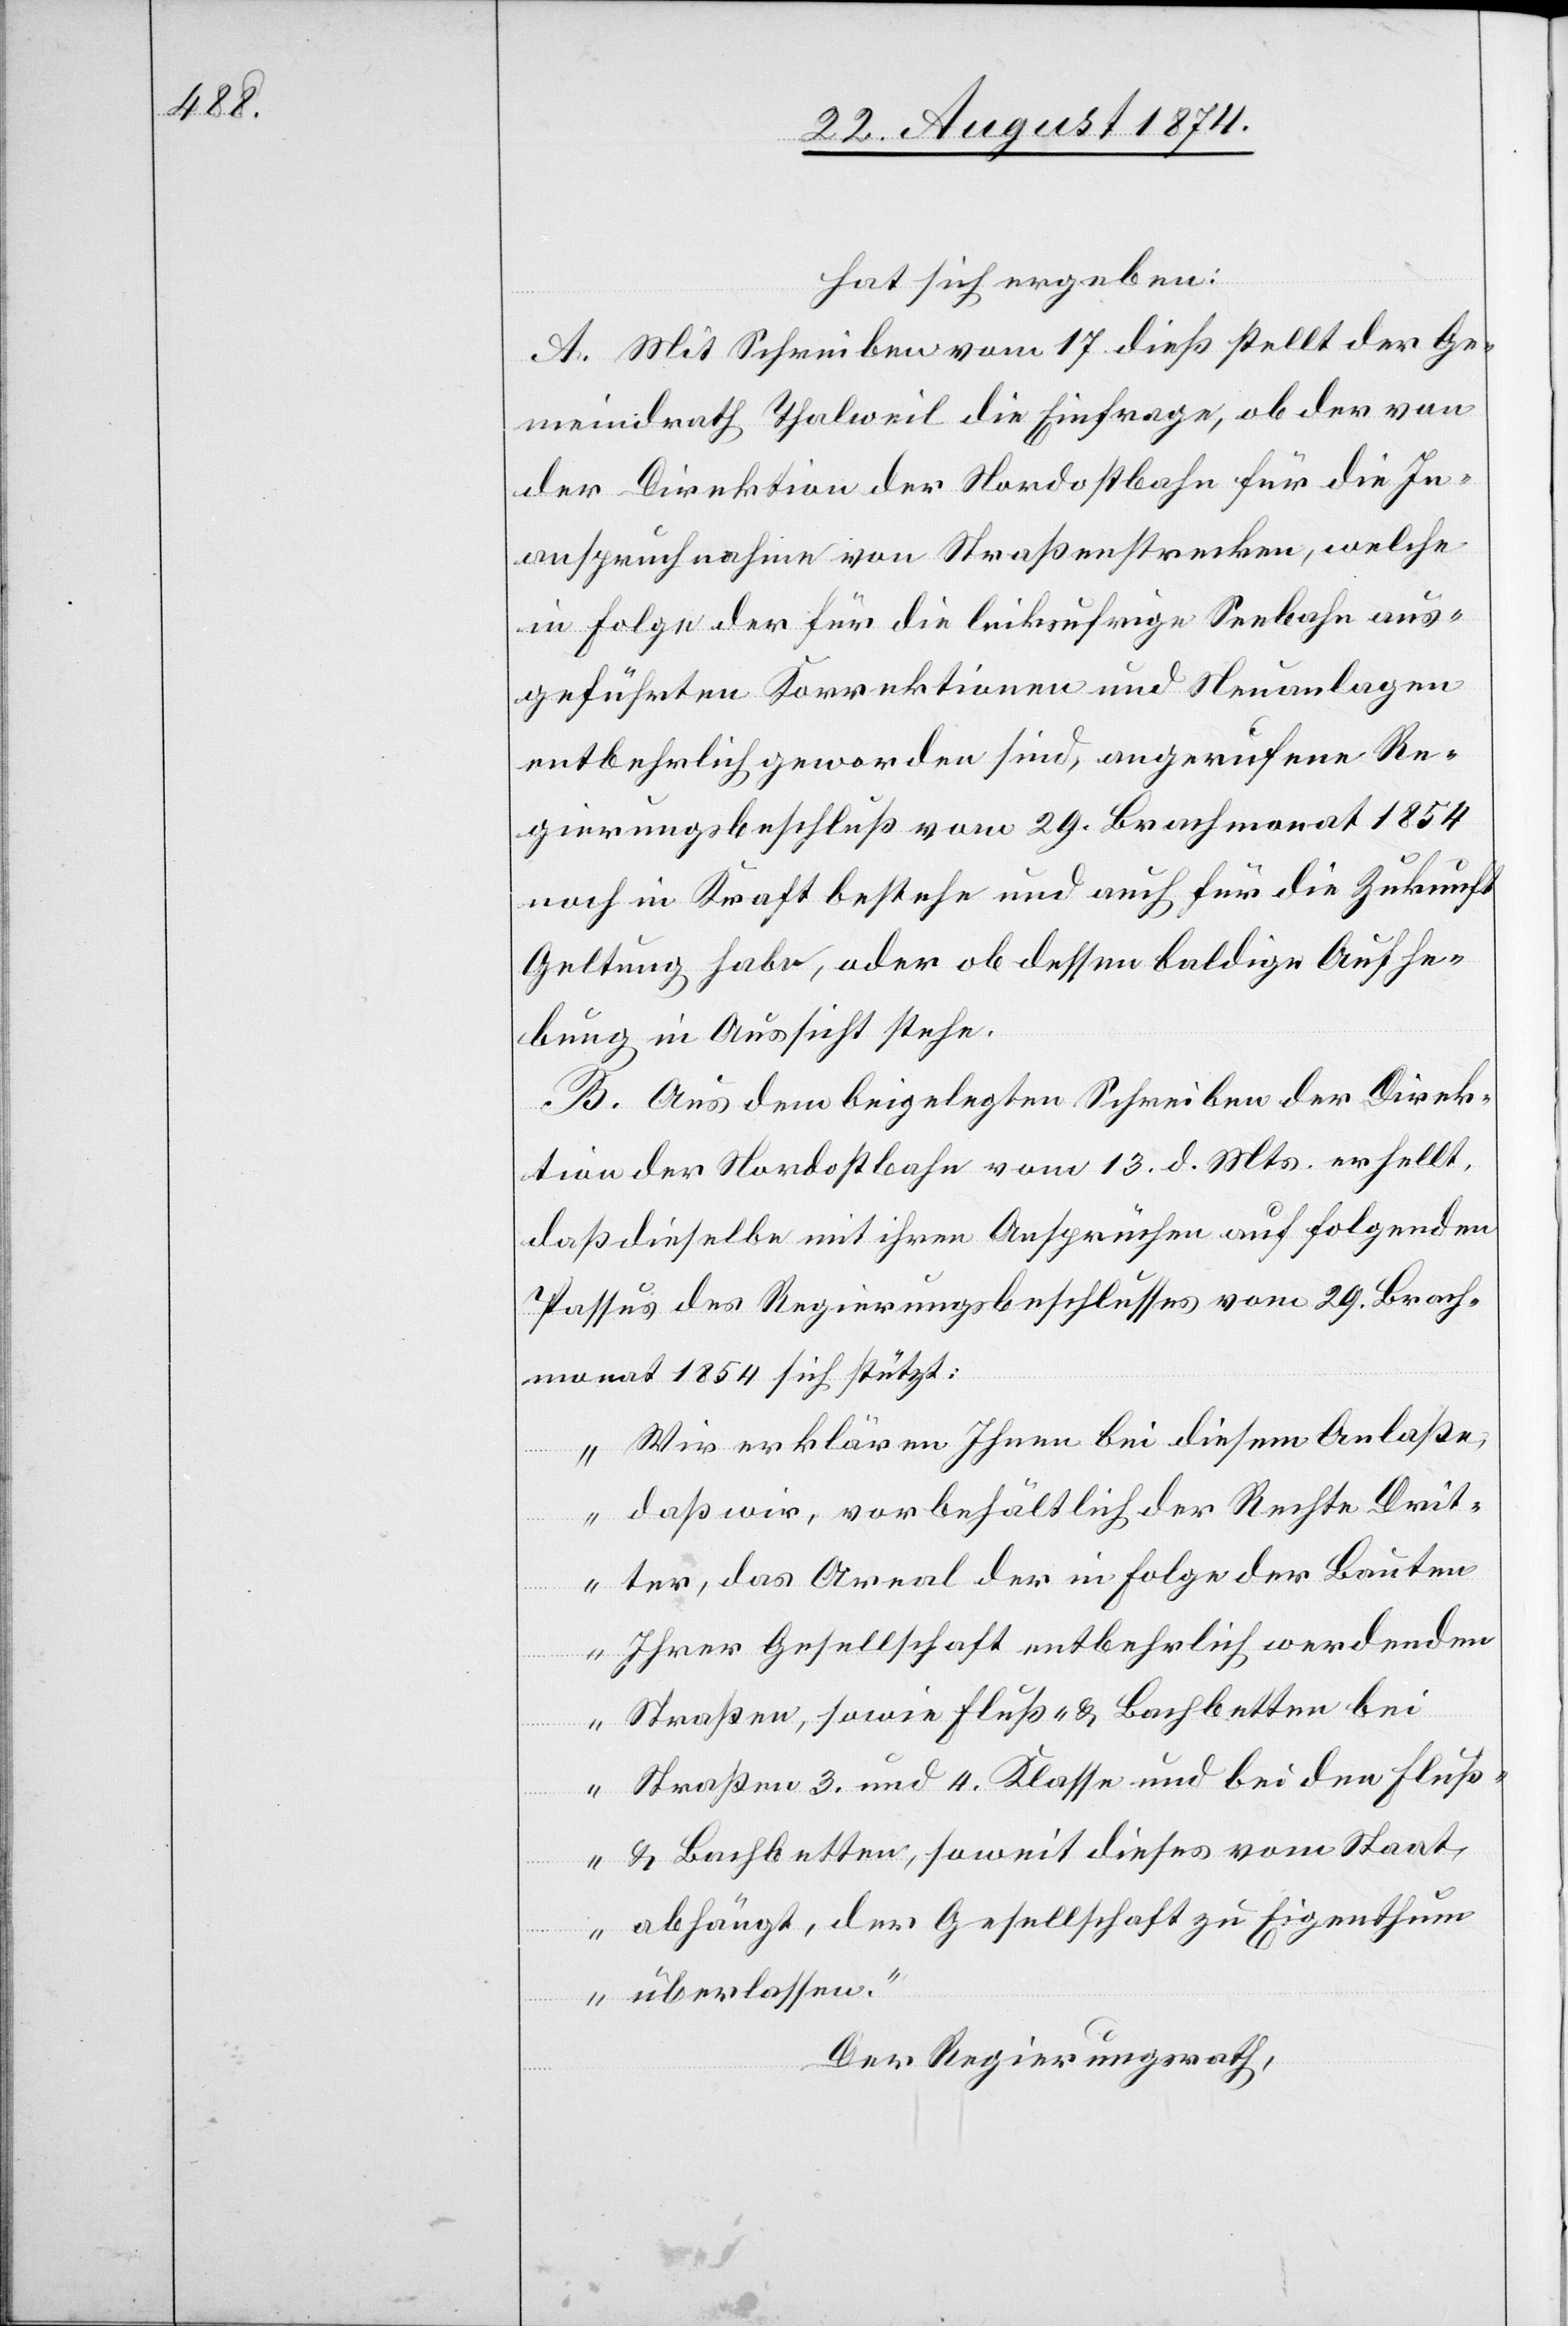
hat sich ergeben:
A. Mit Schreiben vom 17. dieß stellt der Ge¬
meindrath Thalweil die Einfrage, ob der von
der Direktion der Nordostbahn für die In¬
anspruchnahme von Straßenstrecken, welche
in Folge der für die linksufrige Seebahn aus¬
geführten Korrektionen und Neuanlagen
entbehrlich geworden sind, angerufene Re¬
gierungsbeschluß vom 29. Brachmonat 1854
noch in Kraft bestehe und auch für die Zukunft
Geltung habe, oder ob dessen baldige Aufhe¬
bung in Aussicht stehe.
B. Aus dem beigelegten Schreiben der Direk¬
tion der Nordostbahn vom 13. d. Mts. erhellt,
daß dieselbe mit ihren Ansprüchen auf folgenden
Passus des Regierungsbeschlusses vom 29. Brach¬
monat 1854 sich stützt:
„Wir erklären Ihnen bei diesem Anlaße,
daß wir, vorbehältlich der Rechte Drit¬
ter, das Areal der in Folge der Bauten
Ihrer Gesellschaft entbehrlich werdenden
Straßen, sowie Fluß- u. Bachbetten bei
Straßen 3. und 4. Klasse und bei den Fluß-
u. Bachbetten, soweit dieses vom Staat¬
e abhängt, der Gesellschaft zu Eigenthum
überlassen.“
Der Regierungsrath,